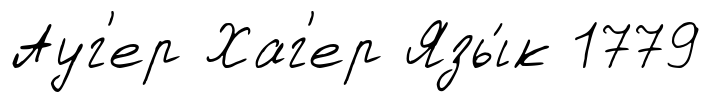
Ауг'ер Хаг'ер Язы́к 1779